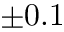
\pm 0 . 1